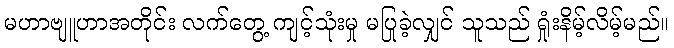
မဟာဗျူဟာအတိုင်း လက်တွေ့ ကျင့်သုံးမှု မပြုခဲ့လျှင် သူသည် ရှုံးနိမ့်လိမ့်မည်။